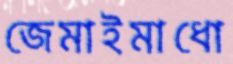
জেমাইমাধো